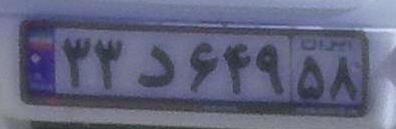
۳۳د۶۴۹۵۸